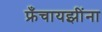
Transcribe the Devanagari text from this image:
फ्रँचायझींना